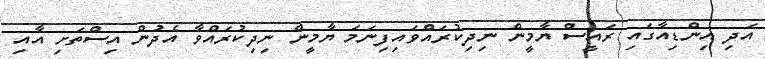
އަދި އިންޑިއާގައި ރައީސް ޔާމީން ނިދިކުރައްވައިފިނަމަ ޔާމީން ނިދިކުރައްވާ އެދުން އިސްތަށި އާއި